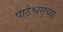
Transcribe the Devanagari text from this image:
पाटेश्वराच्या